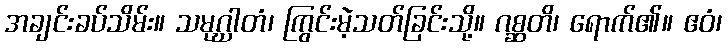
အချင်းခပ်သိမ်း။ သမုဂ္ဃာတံ၊ ကြွင်းမဲ့သတ်ခြင်းသို့။ ဂစ္ဆတိ၊ ရောက်၏။ ဧဝံ၊